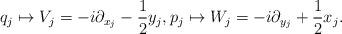
LaTeX: \begin{align*}q_j \mapsto V_j = -i\partial_{x_j}-\frac{1}{2}y_j, p_j \mapsto W_j = -i\partial_{y_j}+\frac{1}{2}x_j. \end{align*}